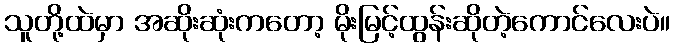
သူတို့ထဲမှာ အဆိုးဆုံးကတော့ မိုးမြင့်ထွန်းဆိုတဲ့ကောင်လေးပဲ။